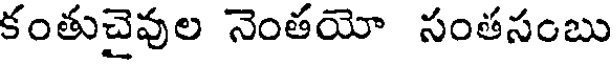
కంతుచైవుల నెంతయో సంతసంబు